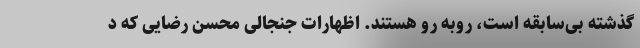
گذشته بی‌سابقه است، روبه رو هستند. اظهارات جنجالی محسن رضایی که د